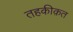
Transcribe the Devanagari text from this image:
तहकीक़त